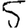
Digit: 5